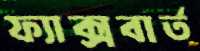
ফ্যাক্সবার্ত